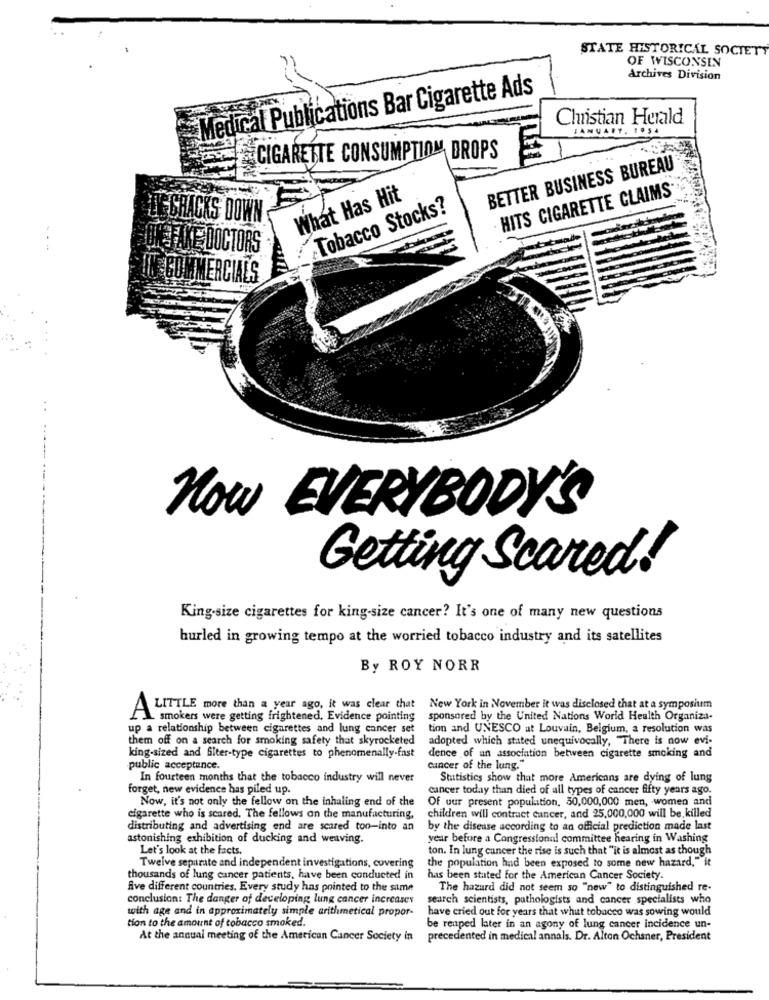
STATE HISTORICAL SOCIETY
OF WISCONSIN
Archives Division
Medical Publications Bar Cigarette Ads
Christian Herald
JANUARY. 1054
CIGARETTE CONSUMPTION DROPS
BETTER BUSINESS BUREAU
HITS CIGARETTE CLAIMS
What Has Hit
Tobacco Stocks?
LE SHACKS DOWN
BMETAKE DOCTORS
IN COMMERCIALS
Now EVERYBODY'S
Getting Scared!
King-size cigarettes for king-size cancer? It's one of many new questions
hurled in growing tempo at the worried tobacco industry and its satellites
By ROY NORR
A
LITTLE more than a year ago, it was clear that
New York in November it was disclosed that at a symposium
L smokers were getting frightened. Evidence pointing
sponsored by the United Nations World Health Organiza-
up a relationship between cigarettes and lung cancer set
tion and UNESCO at Louvain, Belgium, a resolution was
them off on a search for smoking safety that skyrocketed
adopted which stated unequivocally, "There is now evi-
king-sized and Siter-type cigarettes to phenomenally-fast
dence of an association between cigarette smoking and
public acceptance.
Cancer of the lung."
In fourteen months that the tobacco industry will never
Statistics show that more Americans are dying of lung
forget, new evidence has piled up.
cancer today than died of all types of cancer fifty years ago.
Now, it's not only the fellow on the inhaling end of the
Of our present population, 30,000,000 men, women and
cigarette who is scared. The fellows on the manufacturing,
children will contract cancer, and 25,000,000 will be killed
distributing and advertising end are scared too-into an
by the disease according to an official prediction made last
astonishing exhibition of ducking and weaving.
year before a Congressional committee hearing in Washing
Let's look at the facts.
ton. In lung cancer the rise is such that "it is almost as though
the population had been exposed to some new hazard," it
Twelve separate and independent investigations, covering
thousands of lung cancer patients, have been conducted in
has been stated for the American Cancer Society.
five different countries. Every study has pointed to the same
The hazard did not seem so "new" to distinguished re-
conclusion: The danger of developing lung cancer increases
search scientists, pathologists and cancer specialists who
with age and in approximately simple arithmetical propor-
have cried out for years that what tobacco was sowing would
tion to the amount of tobacco smoked.
be reaped later in an agony of lung cancer incidence un-
At the annual meeting of the American Cancer Society in
precedented in medical annals. Dr. Alton Ochsner, President